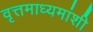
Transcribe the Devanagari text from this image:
वृत्तमाध्यमांशी